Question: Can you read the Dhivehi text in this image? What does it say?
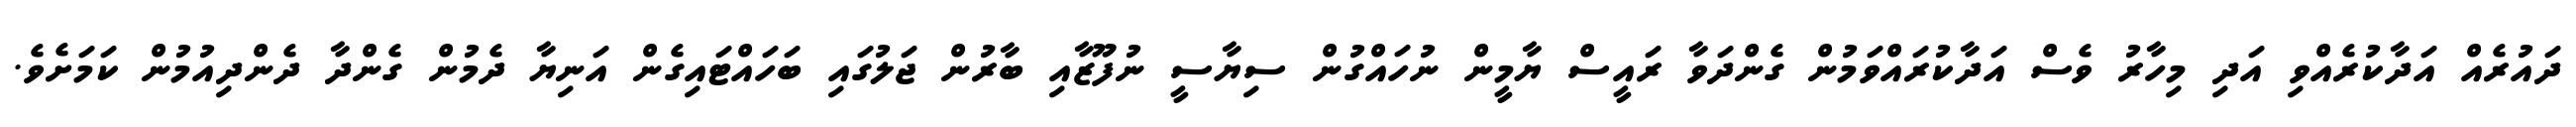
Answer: ދައުރެއް އަދާކުރެއްވި އަދި މިހާރު ވެސް އަދާކުރައްވަމުން ގެންދަވާ ރައީސް ޔާމީން ނުހައްގުން ސިޔާސީ ނުފޫޒާއި ބާރުން ޖަލުގައި ބަހައްޓައިގެން އަނިޔާ ދެމުން ގެންދާ ދެންދިއުމުން ކަމަށެވެ.